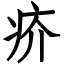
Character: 疥